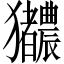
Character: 𬍎